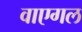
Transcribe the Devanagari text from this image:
वाएगल